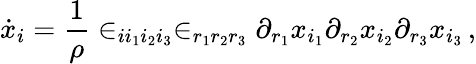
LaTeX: \dot{x}_{i}=\frac{1}{\rho}\in_{ii_{1}i_{2}i_{3}}\in_{r_{1}r_{2}r_{3}}\partial_{r_{1}}x_{i_{1}}\partial_{r_{2}}x_{i_{2}}\partial_{r_{3}}x_{i_{3}}\, ,